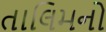
તાલિમનો